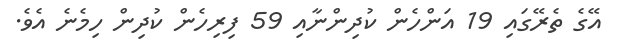
އޭގެ ތެރޭގައި 19 އަންހެން ކުދިންނާއި 59 ފިރިހެން ކުދިން ހިމެނެ އެވެ.